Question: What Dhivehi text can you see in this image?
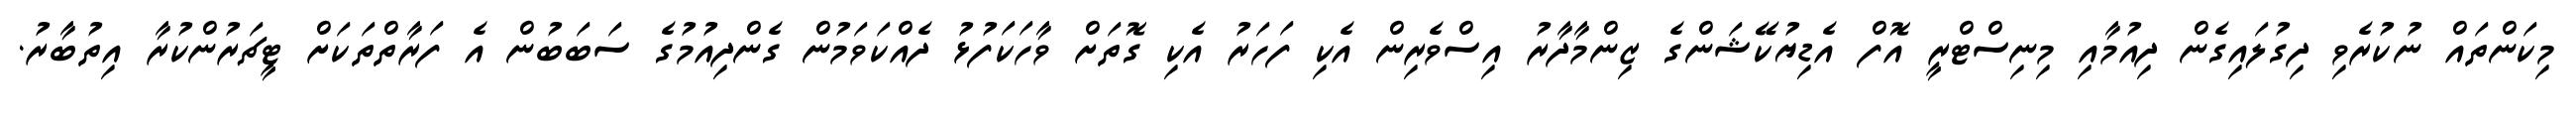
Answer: މިކަންތައް ނުކުރެވި ދިގުލައިގެން ދިއުމާއި މިނިސްޓްރީ އޮފް އެޑިޔުކޭޝަންގެ ޒިންމާދާރު އިސްވެރިން އެކި ފަހަރު އެކި ގޮތަށް ވާހަކަފުޅު ދެއްކަވަމުން ގެންދިއުމުގެ ސަބަބުން އެ ފަރާތްތަކަށް ޓީޗަރުންކުރާ އިތުބާރު.